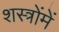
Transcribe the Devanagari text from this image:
शस्त्रोंमें